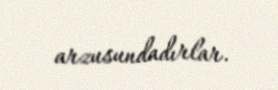
arzusundadırlar.